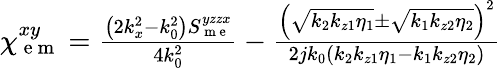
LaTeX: \begin{array}{r}{\chi_{\mathrm{~e~m~}}^{xy}=\frac{\left(2k_{x}^{2}-k_{0}^{2}\right)S_{\mathrm{~m~e~}}^{yzzx}}{4k_{0}^{2}}-\frac{\left(\sqrt{k_{2}k_{z1}\eta_{1}}\pm\sqrt{k_{1}k_{z2}\eta_{2}}\right)^{2}}{2jk_{0}\left(k_{2}k_{z1}\eta_{1}-k_{1}k_{z2}\eta_{2}\right)}}\end{array}